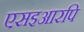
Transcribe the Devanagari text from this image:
एसइआरपि